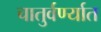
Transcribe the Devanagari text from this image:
चातुर्वर्ण्यात